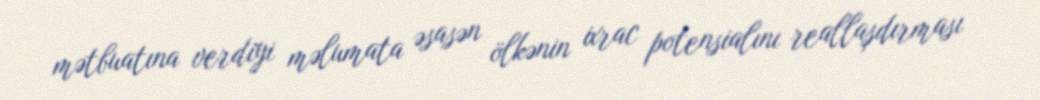
mətbuatına verdiyi məlumata əsasən ölkənin ixrac potensialını reallaşdırması